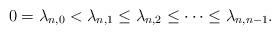
LaTeX: \begin{align*}0 = \lambda_{n, 0} < \lambda_{n,1} \le \lambda_{n,2} \le \cdots \le \lambda_{n,n-1}.\end{align*}